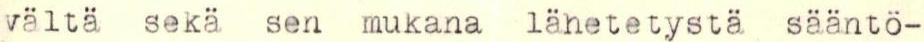
vältä sekä sen mukana lähetetystä sääntö-